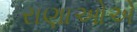
રાણાઓએ